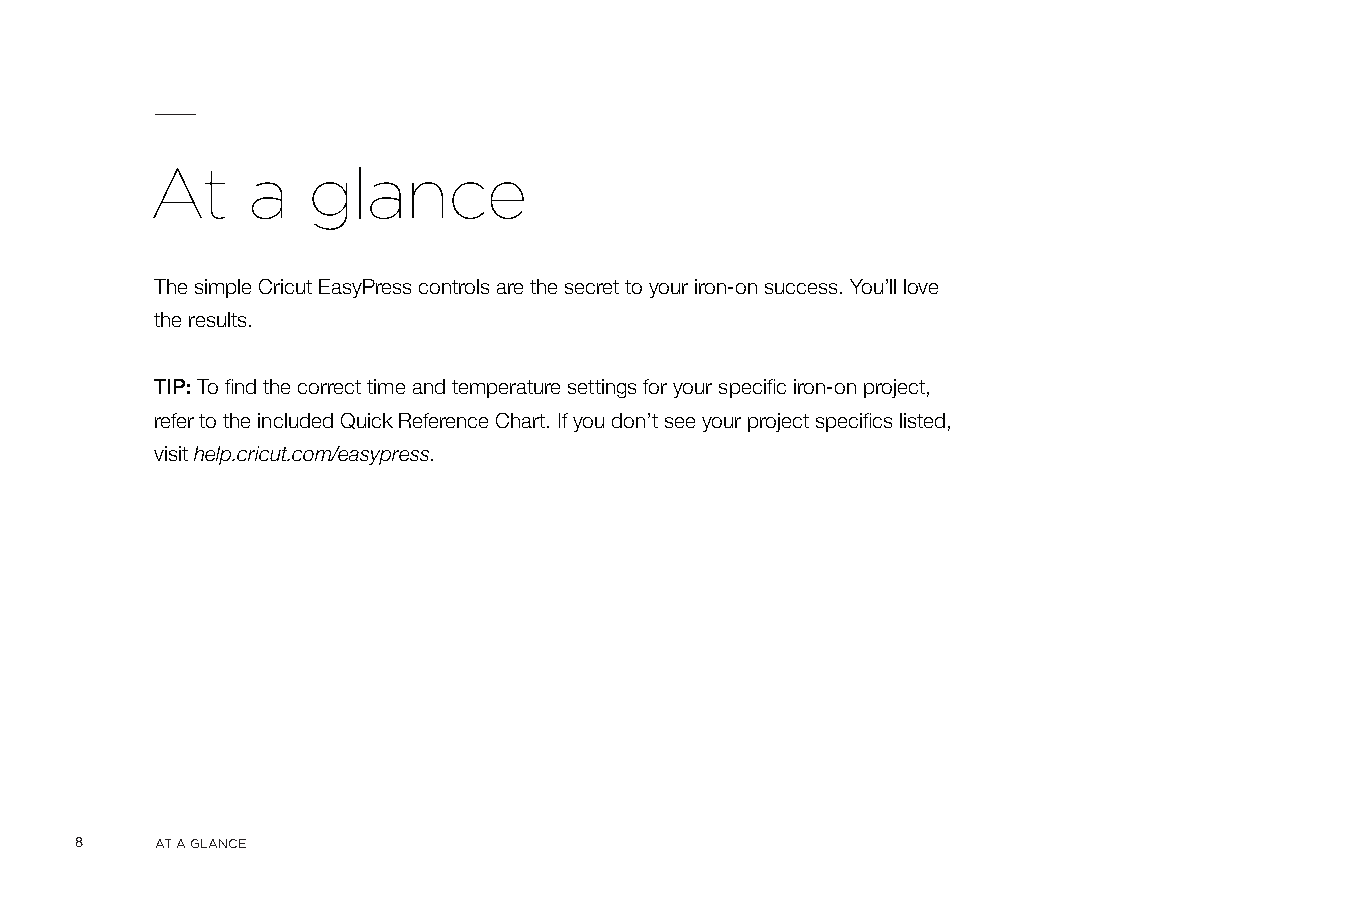
At    a   glance
 The simple Cricut EasyPress controls are the secret to your iron-on success. You’ll love
 the results.
 TIP: To find the correct time and temperature settings for your specific iron-on project,
 refer to the included Quick Reference Chart. If you don’t see your project specifics listed,
 visit help.cricut.com/easypress.
 8    AT A GLANCE